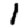
Digit: 1